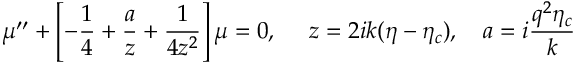
\mu ^ { \prime \prime } + \left[ - \frac { 1 } { 4 } + \frac { a } { z } + \frac { 1 } { 4 z ^ { 2 } } \right] \mu = 0 , ~ ~ ~ ~ z = 2 i k ( \eta - \eta _ { c } ) , ~ ~ ~ a = i \frac { q ^ { 2 } \eta _ { c } } { k }